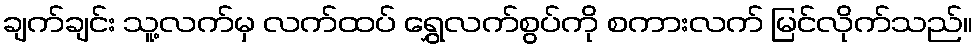
ချက်ချင်း သူ့လက်မှ လက်ထပ် ရွှေလက်စွပ်ကို စကားလက် မြင်လိုက်သည်။